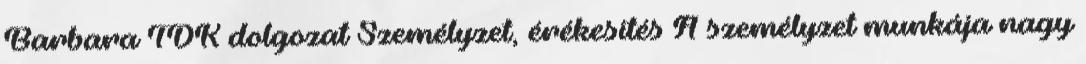
Barbara TDK dolgozat Személyzet, érékesítés A személyzet munkája nagy